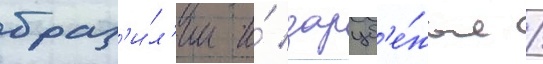
браз'и́л'ии и́ заруб'е́жья /